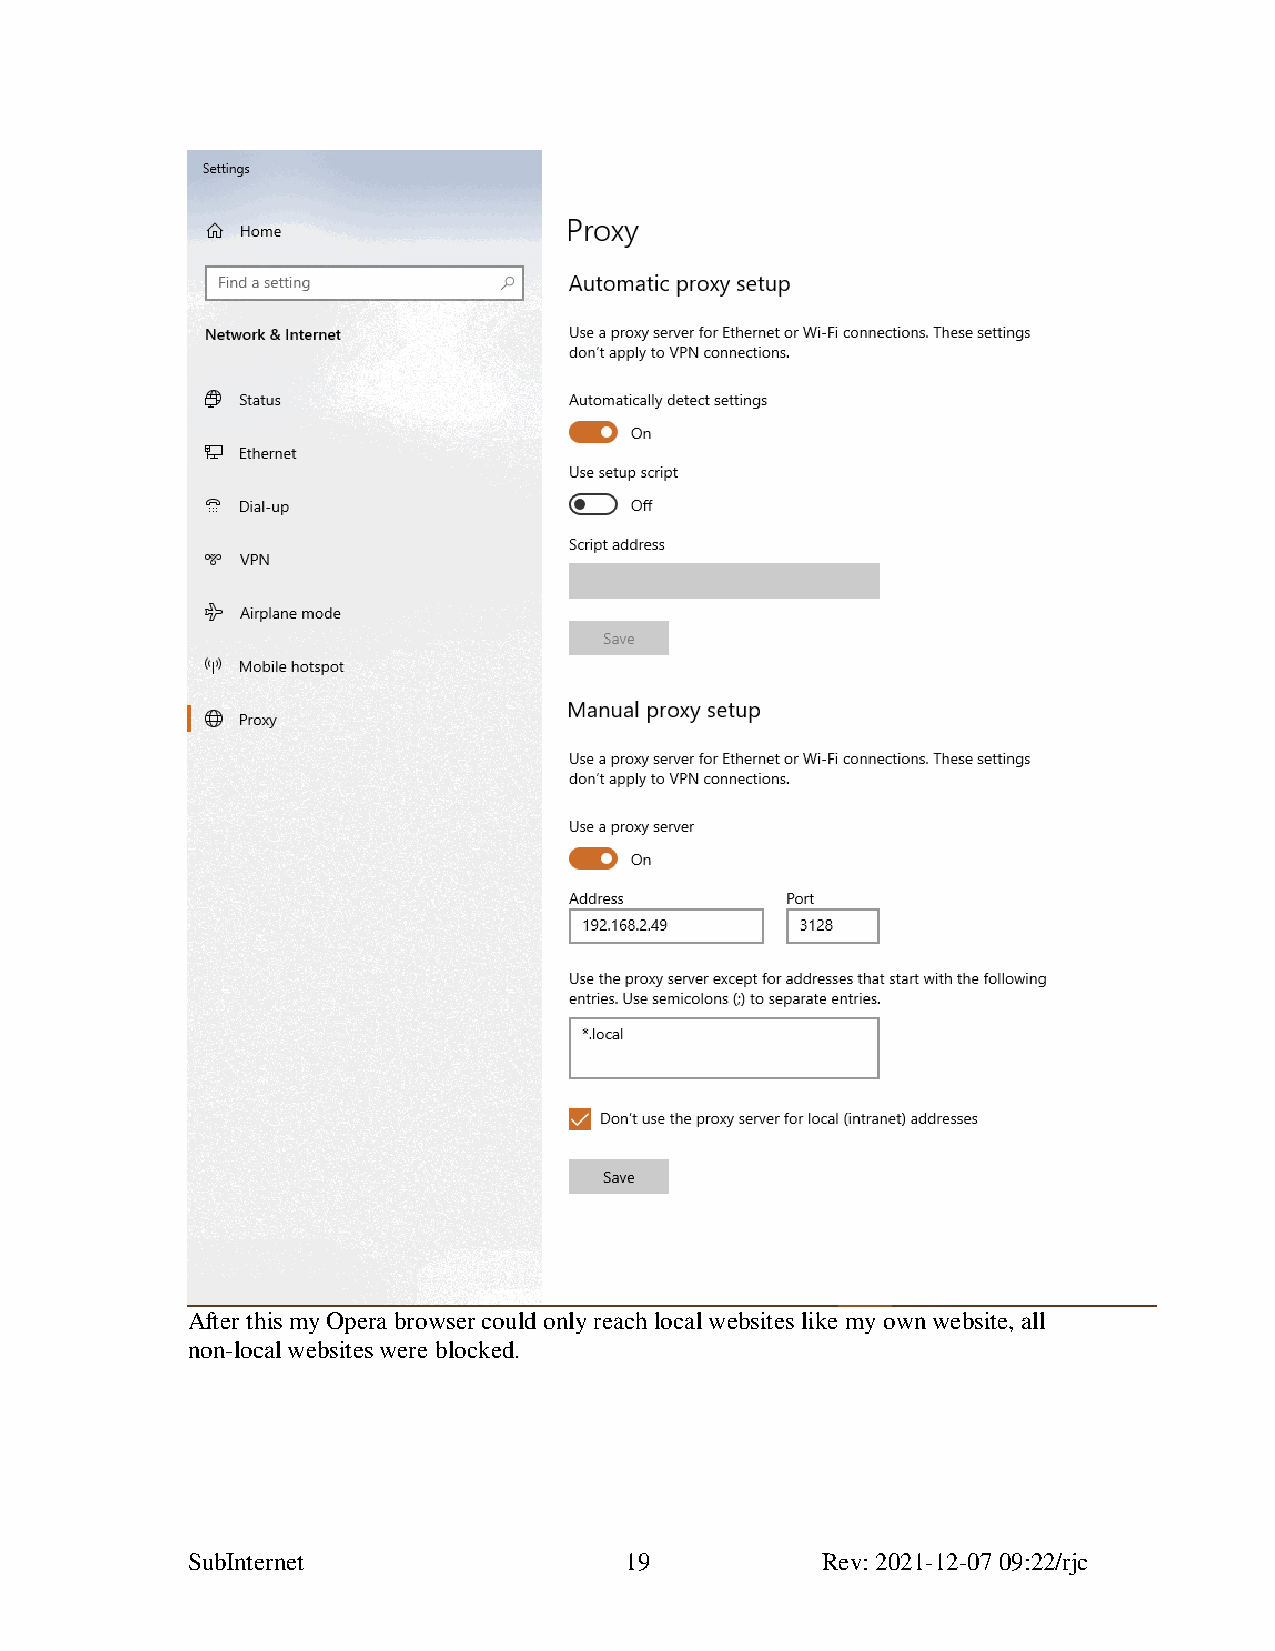
After this my Opera browser could only reach local websites like my own website, all
 non-local websites were blocked.
 SubInternet                  19           Rev: 2021-12-07 09:22/rjc